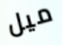
ميل